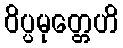
ဝိပ္ပမုတ္တေဟိ